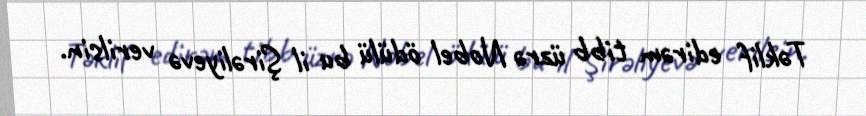
Təklif edirəm tibb üzrə Nobel ödülü bu il Şirəliyevə verilsin.